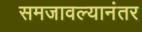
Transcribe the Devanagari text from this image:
समजावल्यानंतर